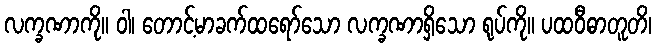
လက္ခဏာကို။ ဝါ၊ တောင့်မာခက်ထရော်သော လက္ခဏာရှိသော ရုပ်ကို။ ပထဝီဓာတူတိ၊